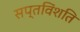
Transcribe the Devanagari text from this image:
सप्तविंशति